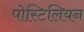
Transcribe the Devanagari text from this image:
पोस्टिलियन